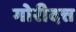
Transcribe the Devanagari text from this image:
गोरीदत्त